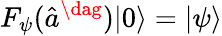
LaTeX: F_{\psi}(\hat{a}^{\dag})|0\rangle=|\psi\rangle